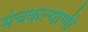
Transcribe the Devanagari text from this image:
मेचकल्याणी